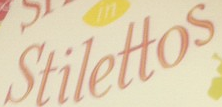
Stilettos